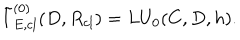
LaTeX: { \tilde { I } } _ { E , c l } ^ { ( 0 ) } ( D , R _ { c l } ) = L U _ { 0 } ( C , D , h ) .